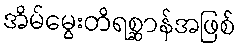
အိမ်မွေးတိရစ္ဆာန်အဖြစ်